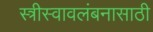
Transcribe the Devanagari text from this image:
स्त्रीस्वावलंबनासाठी